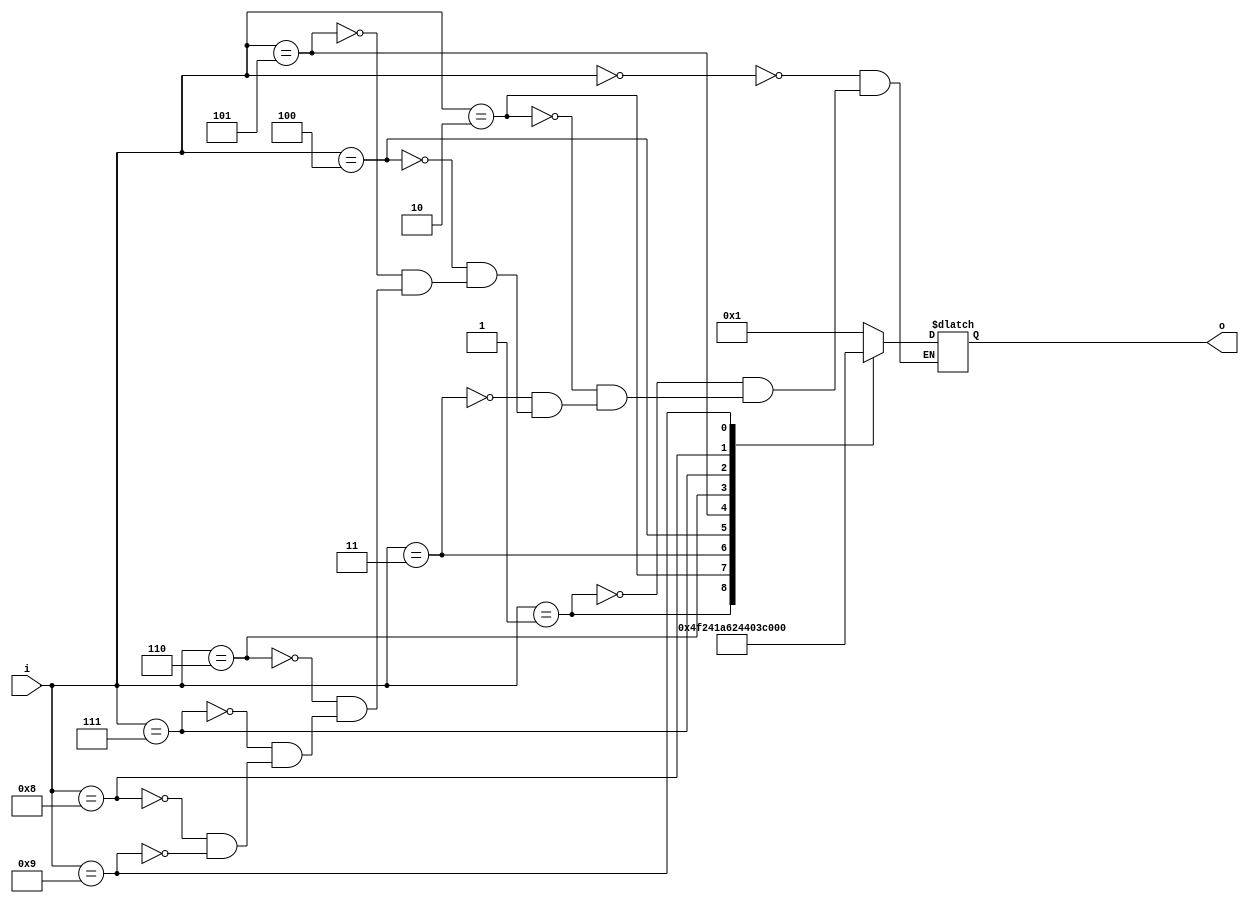
module seven_segment (
	input [3:0]i,
	output reg [6:0]o
);


always @(*)
begin
	case (i)	    // abcdefg
		4'd0: o = 7'b0000001;
		4'd1: o = 7'b1001111;
		4'd2: o = 7'b0010010;
		4'd3: o = 7'b0000110;
		4'd4: o = 7'b1001100;
		4'd5: o = 7'b0100100;
		4'd6: o = 7'b0100000;
		4'd7: o = 7'b0001111;
		4'd8: o = 7'b0000000;
		4'd9: o = 7'b0001100;
	endcase
end

endmodule